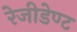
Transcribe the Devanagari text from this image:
रेजीडेण्ट